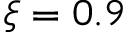
\xi = 0 . 9